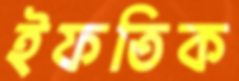
ইফতিক